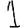
Digit: 1